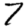
Digit: 7